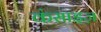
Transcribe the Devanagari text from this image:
कंसाइज़